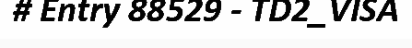
# Entry 88529 - TD2_VISA